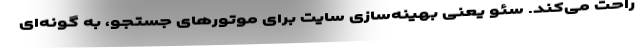
راحت می‌کند. سئو یعنی بهینه‌سازی سایت برای موتورهای جستجو، به گونه‌ای